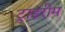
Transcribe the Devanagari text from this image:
ट्राइरीम